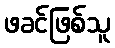
ဖခင်ဖြစ်သူ